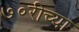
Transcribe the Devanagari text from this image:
७०रीच्या